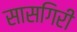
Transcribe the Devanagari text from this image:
सासगिरी